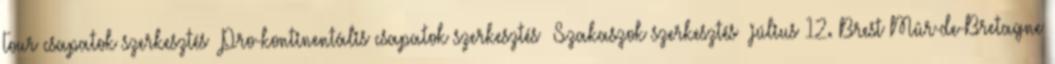
Tour csapatok szerkesztés Pro-kontinentális csapatok szerkesztés Szakaszok szerkesztés július 12. Brest Mûr-de-Bretagne